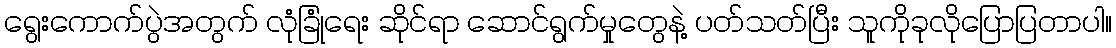
ရွေးကောက်ပွဲအတွက် လုံခြုံရေး ဆိုင်ရာ ဆောင်ရွက်မှုတွေနဲ့ ပတ်သတ်ပြီး သူကိုခုလိုပြောပြတာပါ။